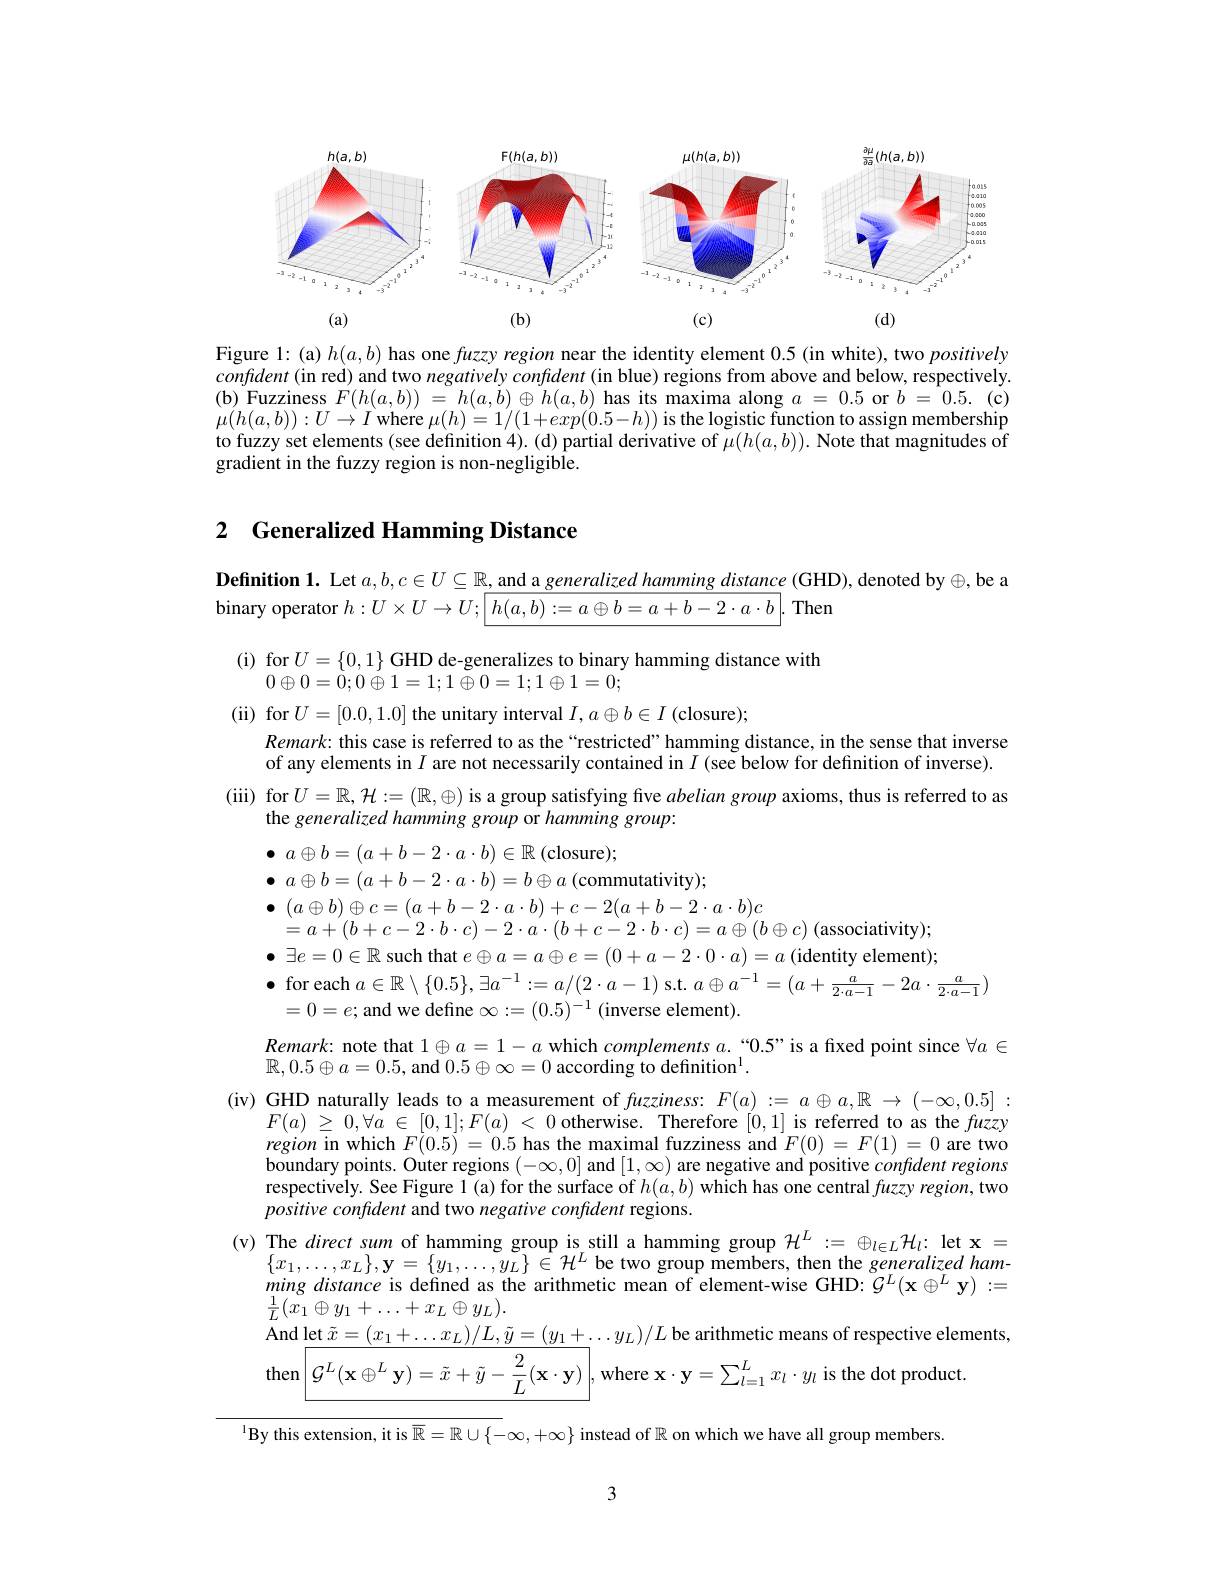
<FigureHere>

Figure 1: (a) $h(a,b)$ has one fuzzy region near the identity element 0.5 (in white), two positively confdent (in red) and two negatively confident (in blue) regions from above and below, respectively. (b) Fuzziness $F( h( a, b) )$ = $h( a, b) \oplus h( a, b)$ has its maxima along $a=0.5$ or $b=0.5.$ (c) $\mu(h(a,b)):U\to I$ where $\mu(h)=1/(1+exp(0.5-h))$ is the logistic function to assign membership to fuzzy set elements (see definition 4). (d) partial derivative of $\mu(h(a,b)).$ Note that magnitudes of gradient in the fuzzy region is non-negligible.

## 2 Generalized Hamming Distance

Definition 1. Let $a,b,c\in U\subseteq\mathbb{R}$, and a generalized hamming distance (GHD), denoted by$\oplus$,be a

binary operator $h:U\times U\to U;\boxed{h(a,b):=a\oplus b=a+b-2\cdot a\cdot b}.$ Then
$\begin{array}{c}\mathrm{(i)~for~}U=\{0,1\}\text{GHD de-generalizes to binary hamming distance with}\\0\oplus0=0;0\oplus1=1;1\oplus0=1;1\oplus1=0;\end{array}$
(ii) for$U=[0.0,1.0]$ the unitary interval $I,a\oplus b\in I$ (closure);
$Remark:$ this case is referred to as the“restricted”hamming distance, in the sense that inverse of any elements in $I$ are not necessarily contained in $I$ (see below for definition of inverse).
(iii) for $U=\mathbb{R},\mathcal{H}:=(\mathbb{R},\oplus)$ is a group satisfying five abelian group axioms, thus is referred to as
the generalized hamming group or hamming group:
$\bullet$ $a\oplus b= ( a+ b- 2\cdot a\cdot b) \in \mathbb{R}$ (closure);
$\bullet$ $a\oplus b= ( a+ b- 2\cdot a\cdot b) = b\oplus a$ (commutativity); $\bullet$ $( a\oplus b) \oplus c= ( a+ b- 2\cdot a\cdot b) + c- 2( a+ b- 2\cdot a\cdot b) c$
$=a+(b+c-2\cdot b\cdot c)-2\cdot a\cdot(b+c-2\cdot b\cdot c)=a\oplus(b\oplus c)$ (associativity); $\bullet$ $\exists e= 0\in \mathbb{R}$ such that $e\oplus a=a\oplus e=(0+a-2\cdot0\cdot a)=a$ (identity element); $\bullet$ for each $a\in\mathbb{R}\setminus\{0.5\},\exists a^-1:=a/(2\cdot a-1)$ s.t. $a\oplus a^-1=(a+\frac a{2\cdot a-1}-2a\cdot\frac a{2\cdot a-1})$
$=0=e;$ and we define $\infty:=(0.5)^-1$ (inverse element).
$Remark:$ note that $1\oplus a=1-a$ which $complementsa.`0.5"$ is a fixed point since $\forall a\in$
$\mathbb{R},0.5\oplus a=0.5$, and $0.5\oplus\infty=0$ according to definition$^1$
(iv) GHD naturally leads to a measurement of fuzziness: $F(a):=a\oplus a,\mathbb{R}\to(-\infty,0.5]:$
$F( a)$ $\geq$ $0, \forall a$ $\in$ $[ 0, 1] ; F( a)$ < 0 otherwise. Therefore [0,1] is referred to as the fuzzy region in which $F(0.5)=0.5$ has the maximal fuzziness and $F(0)=F(1)=0$ are two boundary points. Outer regions $(-\infty,0]$ and $[1,\infty)$ are negative and positive confident regions respectively. See Figure 1(a) for the surface of $h(a,b)$ which has one central fuzzy region, two positive confident and two negative confident regions.
(v) The direct sum of hamming group is still a hamming group $\mathcal{H}^L:=\oplus_{l\in L}\mathcal{H}_l:$ let x=
$\{x_{1},\ldots,x_{L}\},\mathbf{y}=\{y_{1},\ldots,y_{L}\}\in\mathcal{H}^{L}$ be two group members, then the generalized ham- $ming\textit{distance is defined as the arithmetic mean of element- wise GHD: }\mathcal{G} ^{L}( \mathbf{x} \oplus ^{L}\mathbf{y} ) : =$ $\frac{1}{L}(\bar{x_{1}}\oplus y_{1}+\ldots+x_{L}\oplus y_{L}).$ And let $\tilde{x} = ( x_{1}+ \ldots x_{L}) / L, \tilde{y} = ( y_{1}+ \ldots y_{L}) / L$ be arithmetic means of respective elements, then$\left|\mathcal{G}^{L}(\mathbf{x}\oplus^{L}\mathbf{y})=\tilde{x}+\tilde{y}-\frac{2}{L}(\mathbf{x}\cdot\mathbf{y})\right|$,where $\mathbf{x}\cdot\mathbf{y}=\sum_l=1^{L}x_{l}\cdot y_{l}$ is the dot product
$^{1}$By this extension, it is $\overline{\mathbb{R}}=\mathbb{R}\cup\{-\infty,+\infty\}$ instead of $\mathbb{R}$ on which we have all group members

3